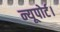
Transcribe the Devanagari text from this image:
न्यूपोर्ट।